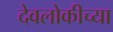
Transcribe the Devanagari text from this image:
देवलोकीच्या